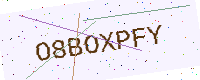
Text: O8BOXPFY